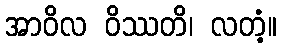
အာဝိလ ဝိဿတိ၊ လတံ့။